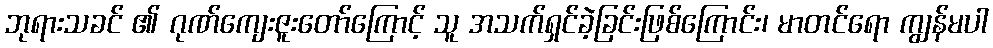
ဘုရားသခင် ၏ ဂုဏ်ကျေးဇူးတော်ကြောင့် သူ အသက်ရှင်ခဲ့ခြင်းဖြစ်ကြောင်း၊ မာတင်ရော ကျွန်မပါ